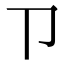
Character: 𰆊